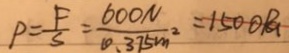
P = \frac { F } { S } = \frac { 6 0 0 N } { 0 . 3 7 5 m ^ { 2 } } = 1 5 0 0 P a